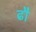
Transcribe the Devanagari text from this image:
ढौ